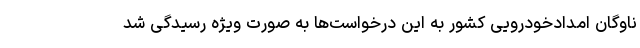
ناوگان امدادخودرویی کشور به این درخواست‌ها به صورت ویژه رسیدگی شد